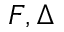
F , \Delta